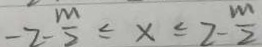
- 2 - \frac { m } { 2 } \leq x \leq 2 - \frac { m } { 2 }